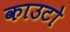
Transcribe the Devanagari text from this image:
काउटो